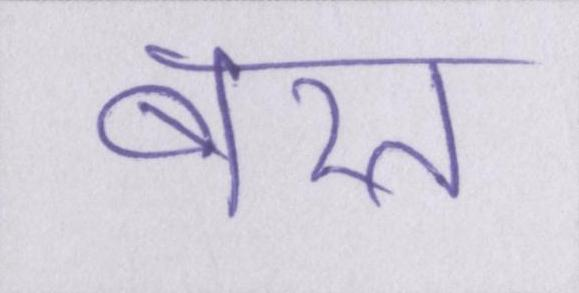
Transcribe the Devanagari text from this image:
बरत